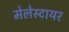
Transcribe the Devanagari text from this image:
मेलेस्टायर